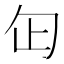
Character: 𠣏